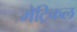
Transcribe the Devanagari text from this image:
मेट्रिकल